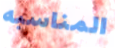
المناسبه